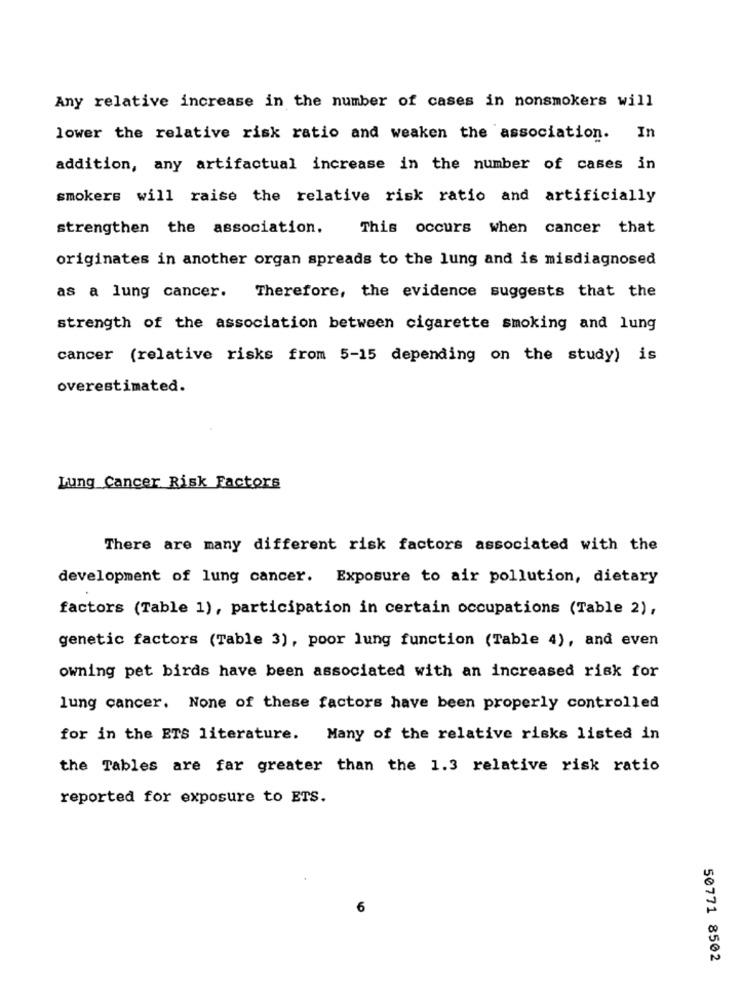
Any relative increase in the number of cases in nonsmokers will
lower the relative risk ratio and weaken the association.
In
addition, any artifactual increase in the number of cases in
smokers will raise the relative risk ratio and artificially
strengthen the association.
This occurs when cancer that
originates in another organ spreads to the lung and is misdiagnosed
as a lung cancer. Therefore, the evidence suggests that the
strength of the association between cigarette smoking and lung
cancer (relative risks from 5-15 depending on the study) is
overestimated.
Lung Cancer Risk Factors
There are many different risk factors associated with the
development of lung cancer. Exposure to air pollution, dietary
factors (Table 1), participation in certain occupations (Table 2),
genetic factors (Table 3), poor lung function (Table 4), and even
owning pet birds have been associated with an increased risk for
lung cancer. None of these factors have been properly controlled
for in the ETS literature. Many of the relative risks listed in
the Tables are far greater than the 1.3 relative risk ratio
reported for exposure to ETS.
6
50771 8502